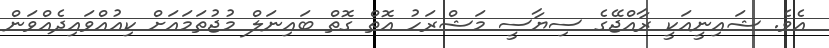
އެވެ. ޝައިނީއަކީ ރާއްޖޭގެ ސިޔާސީ މަޝްރަހު އޮތް ގޮތް ބައިނަލް މުޖުތަމައަަށް ކިއުއްވައިދެއްވަން